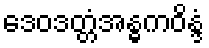
ဒေဝဒတ္တံအန္ဓကဝိန္ဒံ